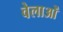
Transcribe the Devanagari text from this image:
वेलाओं